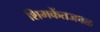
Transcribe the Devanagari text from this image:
शिमकेंतजवळ